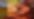
হ